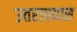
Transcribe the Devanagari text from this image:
उतरावयास